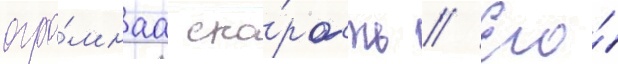
огро́мнаа ско́рость // Его́